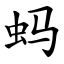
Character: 蚂